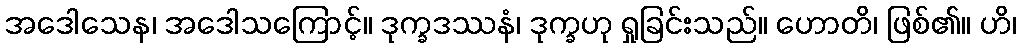
အဒေါသေန၊ အဒေါသကြောင့်။ ဒုက္ခဒဿနံ၊ ဒုက္ခဟု ရှုခြင်းသည်။ ဟောတိ၊ ဖြစ်၏။ ဟိ၊